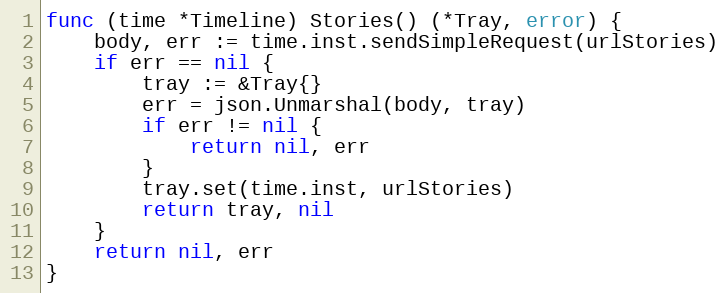
Language: Go
func (time *Timeline) Stories() (*Tray, error) {
	body, err := time.inst.sendSimpleRequest(urlStories)
	if err == nil {
		tray := &Tray{}
		err = json.Unmarshal(body, tray)
		if err != nil {
			return nil, err
		}
		tray.set(time.inst, urlStories)
		return tray, nil
	}
	return nil, err
}